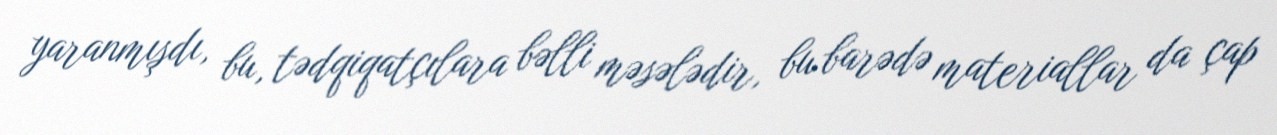
yaranmışdı, bu, tədqiqatçılara bəlli məsələdir, bu barədə materiallar da çap